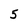
Character: 5